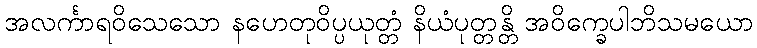
အလင်္ကာရဝိသေသော နဟေတုဝိပ္ပယုတ္တံ နိယံပုတ္တန္တိ အဝိက္ခေပါဘိသမယော